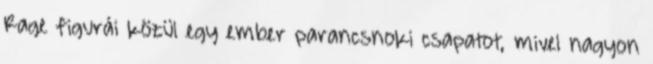
Rage figurái közül egy ember parancsnoki csapatot, mivel nagyon